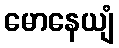
မောနေယျံ